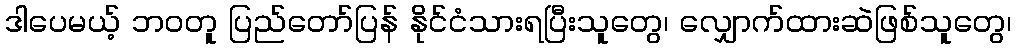
ဒါပေမယ့် ဘဝတူ ပြည်တော်ပြန် နိုင်ငံသားရပြီးသူတွေ၊ လျှောက်ထားဆဲဖြစ်သူတွေ၊